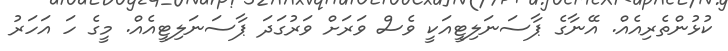
ކުޅުންތެރިއެއް. އޭނާގެ ޕާސަނަލިޓީއަކީ ވެސް ވަރަށް ވަރުގަދަ ޕާސަނަލިޓީއެއް. މީގެ ހަ އަހަރު